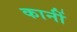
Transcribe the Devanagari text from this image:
कानीं